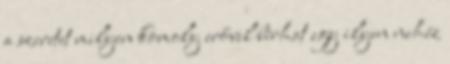
a szeretet milyen komoly erővel bírhat egy ilyen nehéz